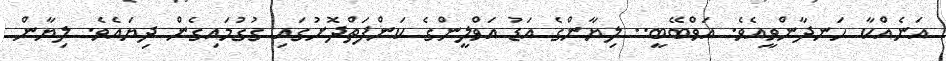
އަނެއްކާ ހަނދާންވީއެވެ. އަވްބޭބީ.. ލިޔާންގެ އަޑު އަވްލީންގެ ކަންފަތްދޮށުގައި ގުގުމައިގެން ދިޔައެވެ. ލިޔާން